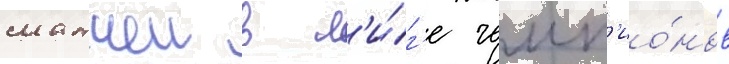
матчеи в л'и́г'е чемп'ио́нов